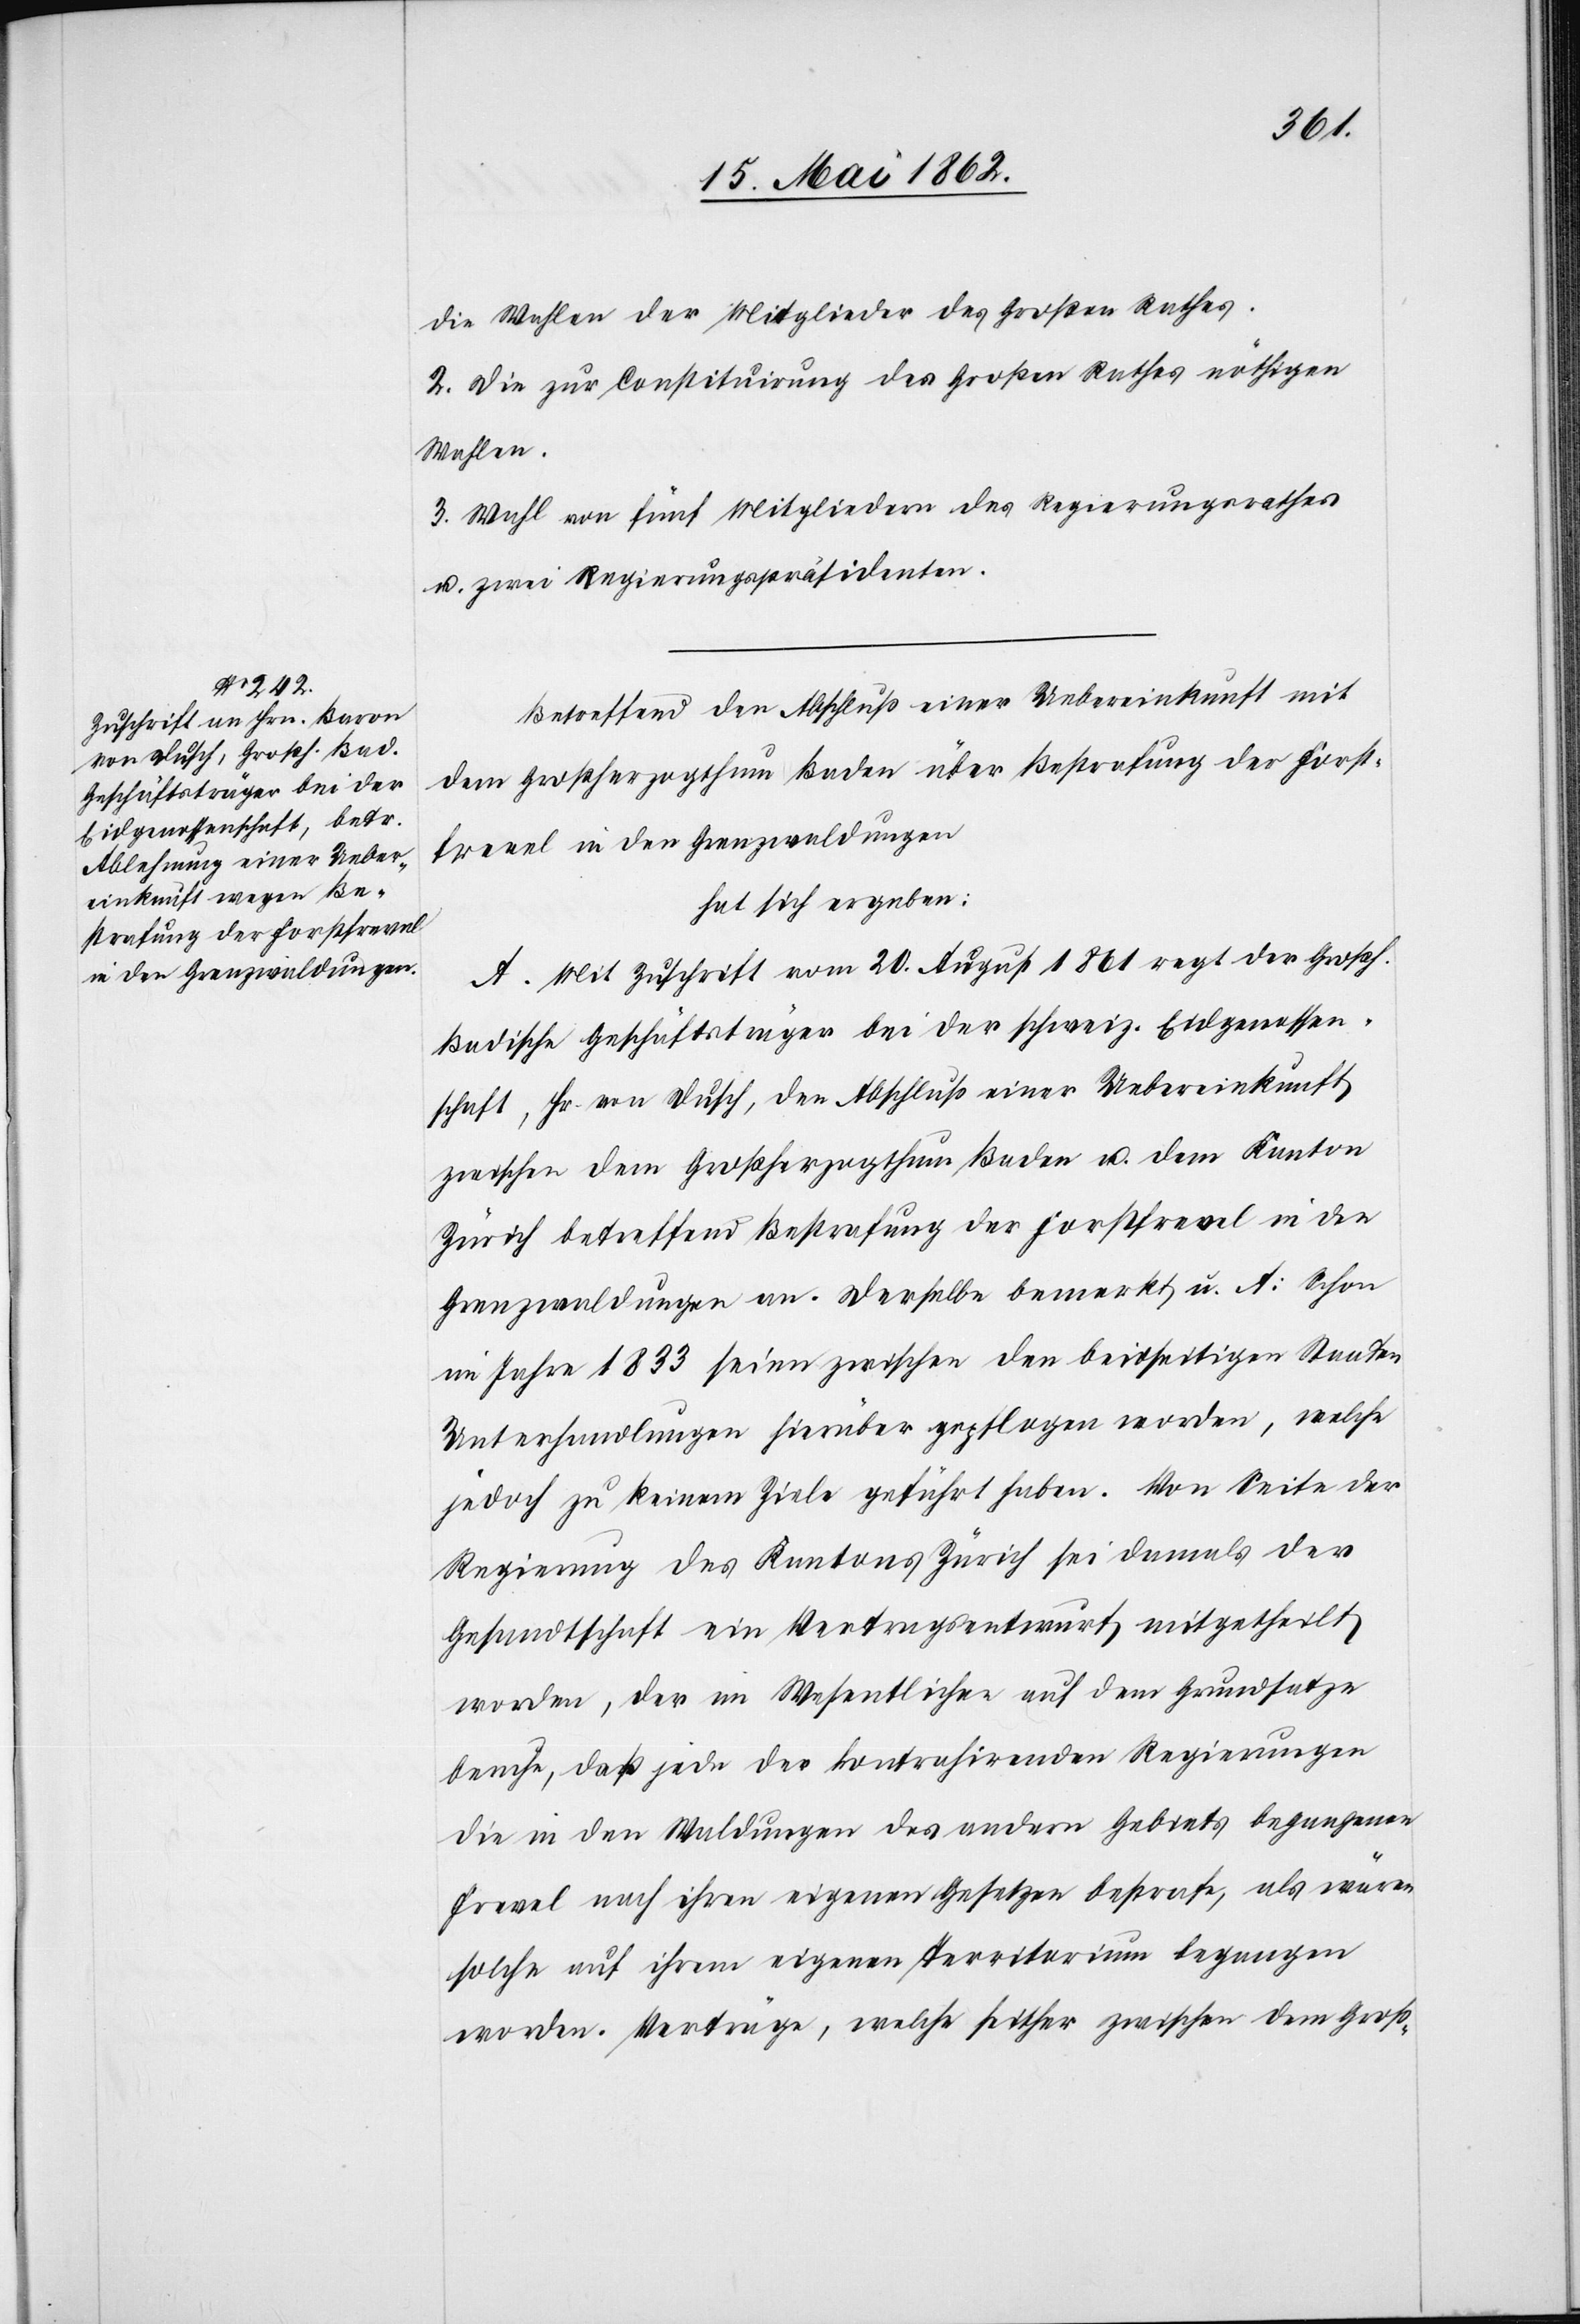
die Wahlen der Mitglieder des Großen Rathes.
2. Die zur Constituirung des Großen Rathes nöthigen
Wahlen.
3. Wahl von fünf Mitgliedern des Regierungsrathes
u. zwei Regierungspräsidenten.
Betreffend den Abschluß einer Uebereinkunft mit
dem Großherzogthumn Baden über Bestrafung der Forst¬
frevel in den Grenzwaldungen
hat sich ergeben:
A. Mit Zuschrift vom 20. August 1861 regt der Großh.
Badische Geschäftsträger bei der schweiz. Eidgenossen¬
schaft, Hr. von Dusch, den Abschluß einer Uebereinkunft
zwischen dem Großherzogthum Baden u. dem Kanton
Zürich betreffend Bestrafung der Forstfrevel in den
Grenzwaldungen an. Derselbe bemerkt u. A: Schon
im Jahre 1833 seien zwischen den beidseitigen Staaten
Unterhandlungen hierüber gepflogen worden, welche
jedoch zu keinem Ziele geführt haben. Von Seite der
Regierung des Kantons Zürich sei damals der
Gesandtschaft ein Vertragsentwurf mitgetheilt
worden, der im Wesentlichen auf dem Grundsatze
beruhe, daß jede der kontrahirenden Regierungen
die in den Waldungen des andern Gebiets begangenen
Frevel nach ihren eigenen Gesetzen bestrafe, als wären
solche auf ihrem eigenen Territorium begangen
worden. Verträge, welche seither zwischen dem Groß-